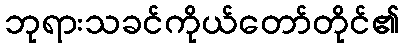
ဘုရားသခင်ကိုယ်တော်တိုင်၏